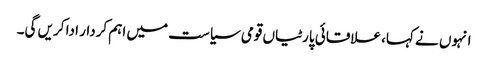
انہوں نے کہا، علاقائی پارٹیاں قومی سیاست میں اہم کردار ادا کریں گی۔